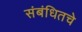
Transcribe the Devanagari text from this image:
संबंधितचे